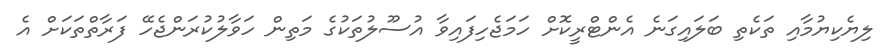
ލިޔެކިޔުމާއި ތަކެތި ބަލައިގަނެ އެންޓްރީކޮށް ހަމަޖެހިފައިވާ އުސޫލުތަކުގެ މަތިން ހަވާލުކުރަންޖެހޭ ފަރާތްތަކަށް އެ